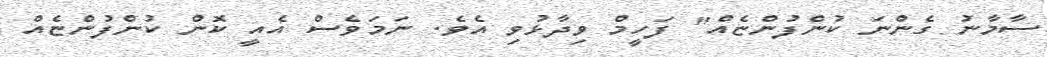
ސާމާނު ގެންނަ ކުންފުންޏެއް" ފަހީމް ވިދާޅުވި އެވެ. ނަމަވެސް އެއީ ކޮން ކުންފުންޏެއް